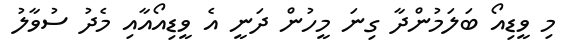
މި ވީޑިއޯ ބަލަމުންދާ ގިނަ މީހުން ދަނީ އެ ވީޑިއޯއާއި މެދު ސުވާލު